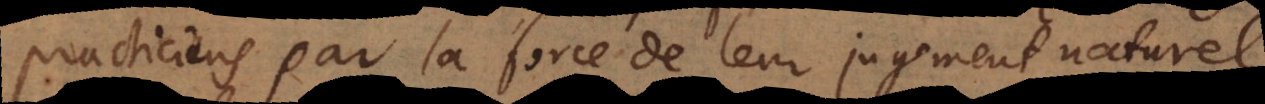
practiciens par la force de leur jugement naturel.